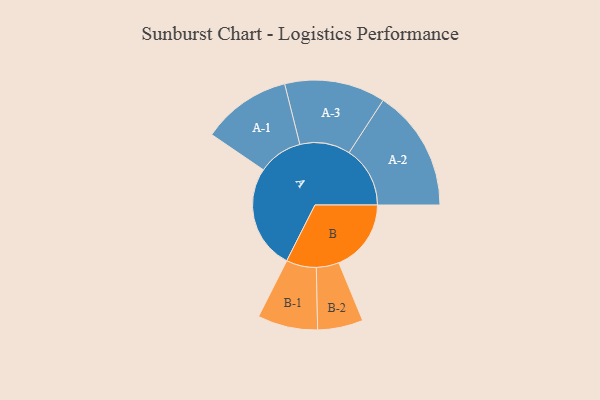
{"axis": {"x": "Segment", "y": "Value"}, "legend": ["", "A", "B"], "data": [{"x": "A", "y": 496, "type": ""}, {"x": "B", "y": 344, "type": ""}, {"x": "A-1", "y": 212, "type": "A"}, {"x": "A-2", "y": 290, "type": "A"}, {"x": "A-3", "y": 240, "type": "A"}, {"x": "B-1", "y": 143, "type": "B"}, {"x": "B-2", "y": 108, "type": "B"}]}